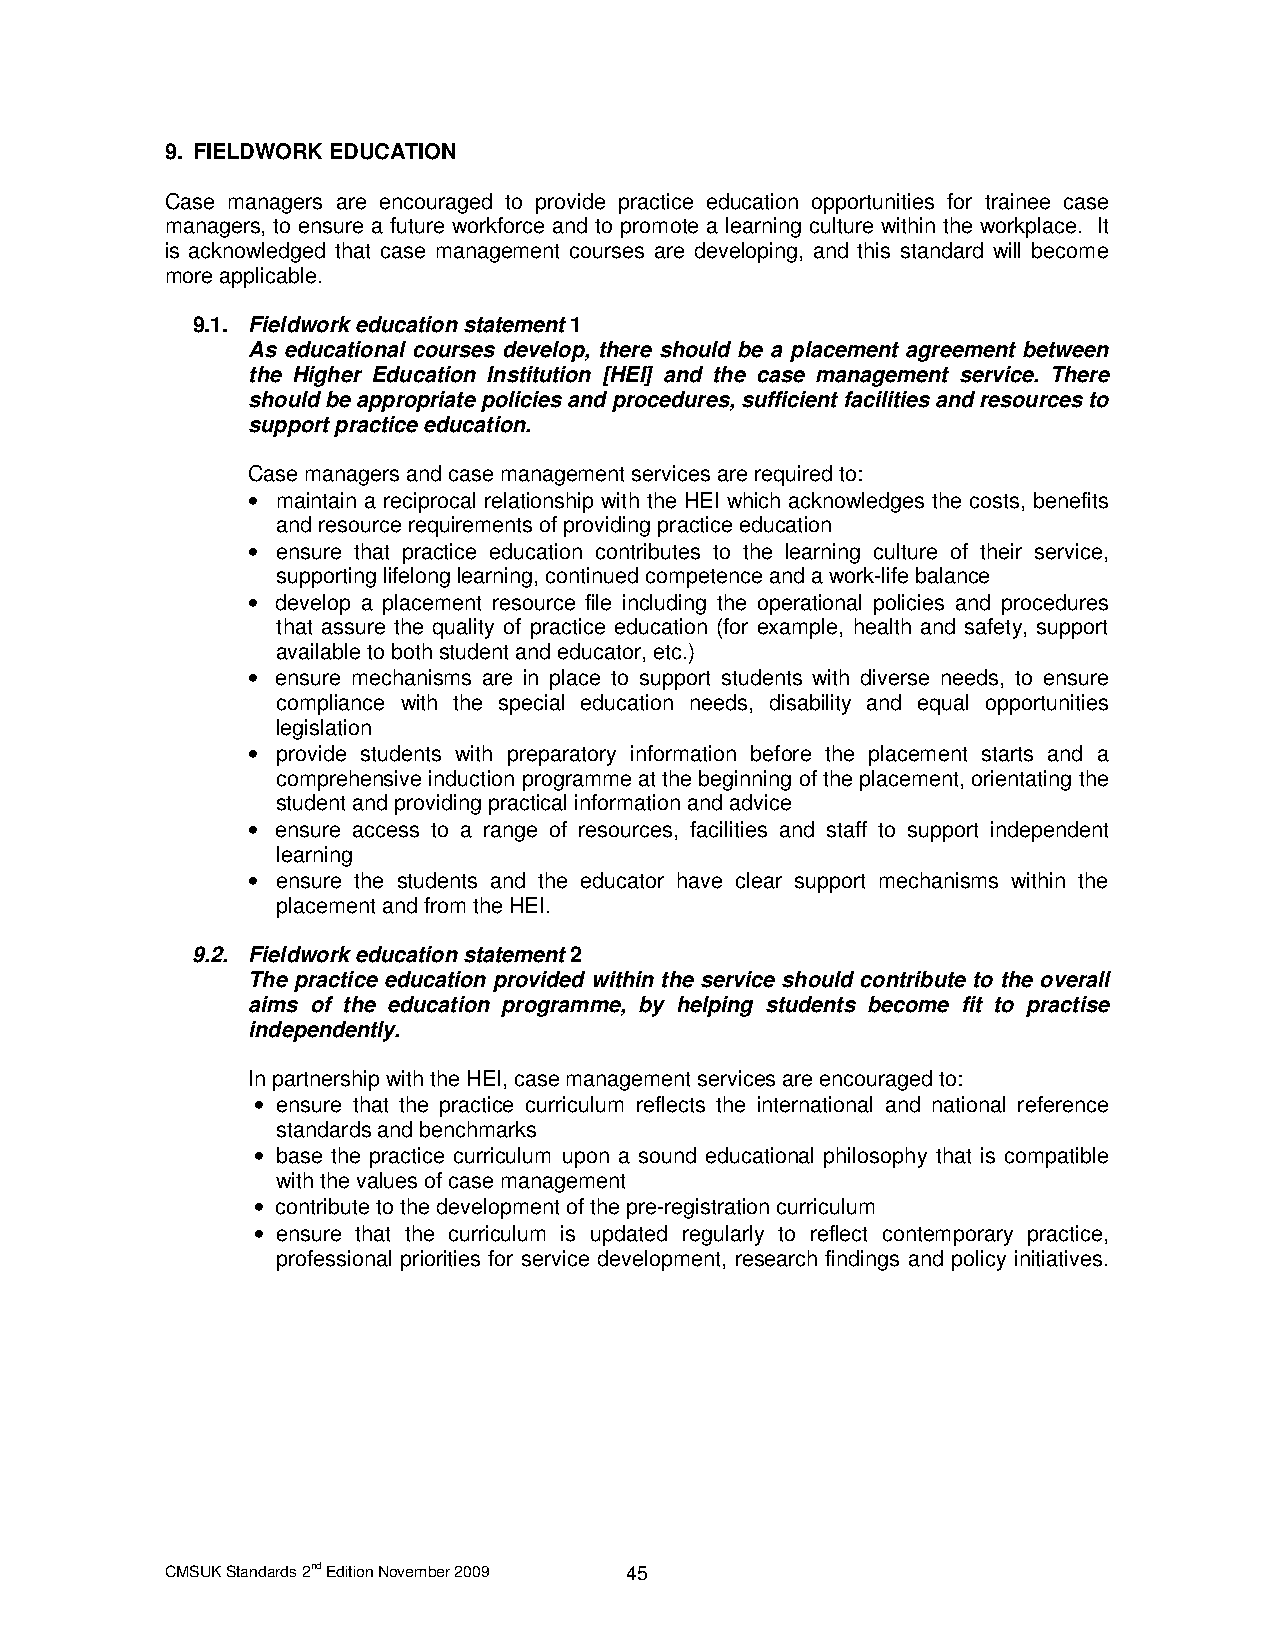
9. FIELDWORK EDUCATION
 Case managers are encouraged to provide practice education opportunities for trainee case
 managers, to ensure a future workforce and to promote a learning culture within the workplace. It
 is acknowledged that case management courses are developing, and this standard will become
 more applicable.
 9.1. Fieldwork education statement 1
 As educational courses develop, there should be a placement agreement between
 the Higher Education Institution [HEI] and the case management service. There
 should be appropriate policies and procedures, sufficient facilities and resources to
 support practice education.
 Case managers and case management services are required to:
 • maintain a reciprocal relationship with the HEI which acknowledges the costs, benefits
 and resource requirements of providing practice education
 • ensure that practice education contributes to the learning culture of their service,
 supporting lifelong learning, continued competence and a work-life balance
 • develop a placement resource file including the operational policies and procedures
 that assure the quality of practice education (for example, health and safety, support
 available to both student and educator, etc.)
 • ensure mechanisms are in place to support students with diverse needs, to ensure
 compliance with the special education needs, disability and equal opportunities
 legislation
 • provide students with preparatory information before the placement starts and a
 comprehensive induction programme at the beginning of the placement, orientating the
 student and providing practical information and advice
 • ensure access to a range of resources, facilities and staff to support independent
 learning
 • ensure the students and the educator have clear support mechanisms within the
 placement and from the HEI.
 9.2. Fieldwork education statement 2
 The practice education provided within the service should contribute to the overall
 aims of the education programme, by helping students become fit to practise
 independently.
 In partnership with the HEI, case management services are encouraged to:
 • ensure that the practice curriculum reflects the international and national reference
 standards and benchmarks
 • base the practice curriculum upon a sound educational philosophy that is compatible
 with the values of case management
 • contribute to the development of the pre-registration curriculum
 • ensure that the curriculum is updated regularly to reflect contemporary practice,
 professional priorities for service development, research findings and policy initiatives.
 CMSUK Standards 2nd Edition November 2009 45